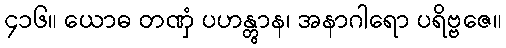
၄၁၆။ ယောဓ တဏှံ ပဟန္တွာန၊ အနာဂါရော ပရိဗ္ဗဇေ။